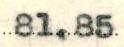
81.85